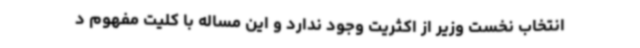
انتخاب نخست وزیر از اکثریت وجود ندارد و این مساله با کلیت مفهوم د